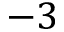
- 3